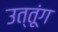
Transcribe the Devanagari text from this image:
उत्तूंग